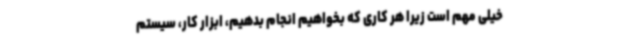
خیلی مهم است زیرا هر کاری که بخواهیم انجام بدهیم، ابزار کار، سیستم